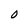
Character: O